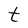
Character: t